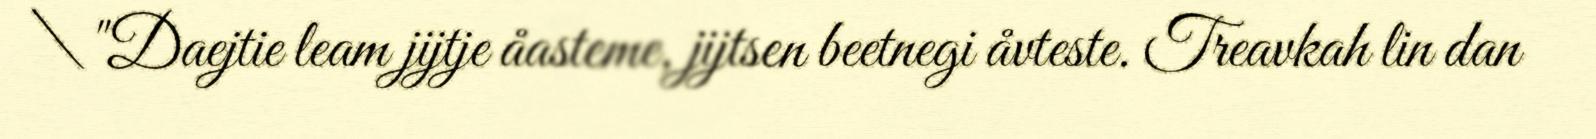
\"Daejtie leam jijtje åasteme, jijtsen beetnegi åvteste. Treavkah lin dan